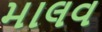
માલવ